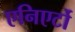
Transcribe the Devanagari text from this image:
एनिएर्टो